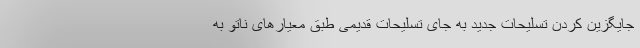
جایگزین کردن تسلیحات جدید به جای تسلیحات قدیمی طبق معیارهای ناتو به